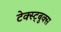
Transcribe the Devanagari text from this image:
टेक्स्ट्बुक्स